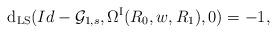
LaTeX: \begin{align*}\mathrm{d}_{\mathrm{LS}}(Id-\mathcal{G}_{1,s},\Omega^{\rm{I}}(R_{0},w,R_{1}),0) = -1,\end{align*}